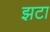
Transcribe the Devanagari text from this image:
झटा